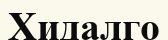
Хидалго